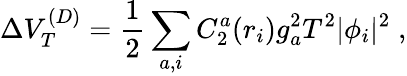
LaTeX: \Delta V_{T}^{(D)}={\frac{1}{2}}\sum_{a,i}C_{2}^{a}(r_{i})g_{a}^{2}T^{2}|\phi_{i}|^{2}\; ,